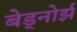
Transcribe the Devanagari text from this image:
बेड्नोर्झ